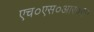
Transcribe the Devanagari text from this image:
एच०एस०आर०ए०